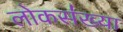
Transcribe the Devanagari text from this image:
लोकस॑ख्या